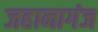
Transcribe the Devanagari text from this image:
जहानागंज